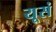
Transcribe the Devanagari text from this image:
यूसं